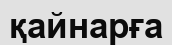
қайнарға